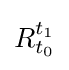
R_{t_{0}}^{t_{1}}